65_HS1-834228961_62-HQ-83894_Section_10
Agency: FBI
Page 140
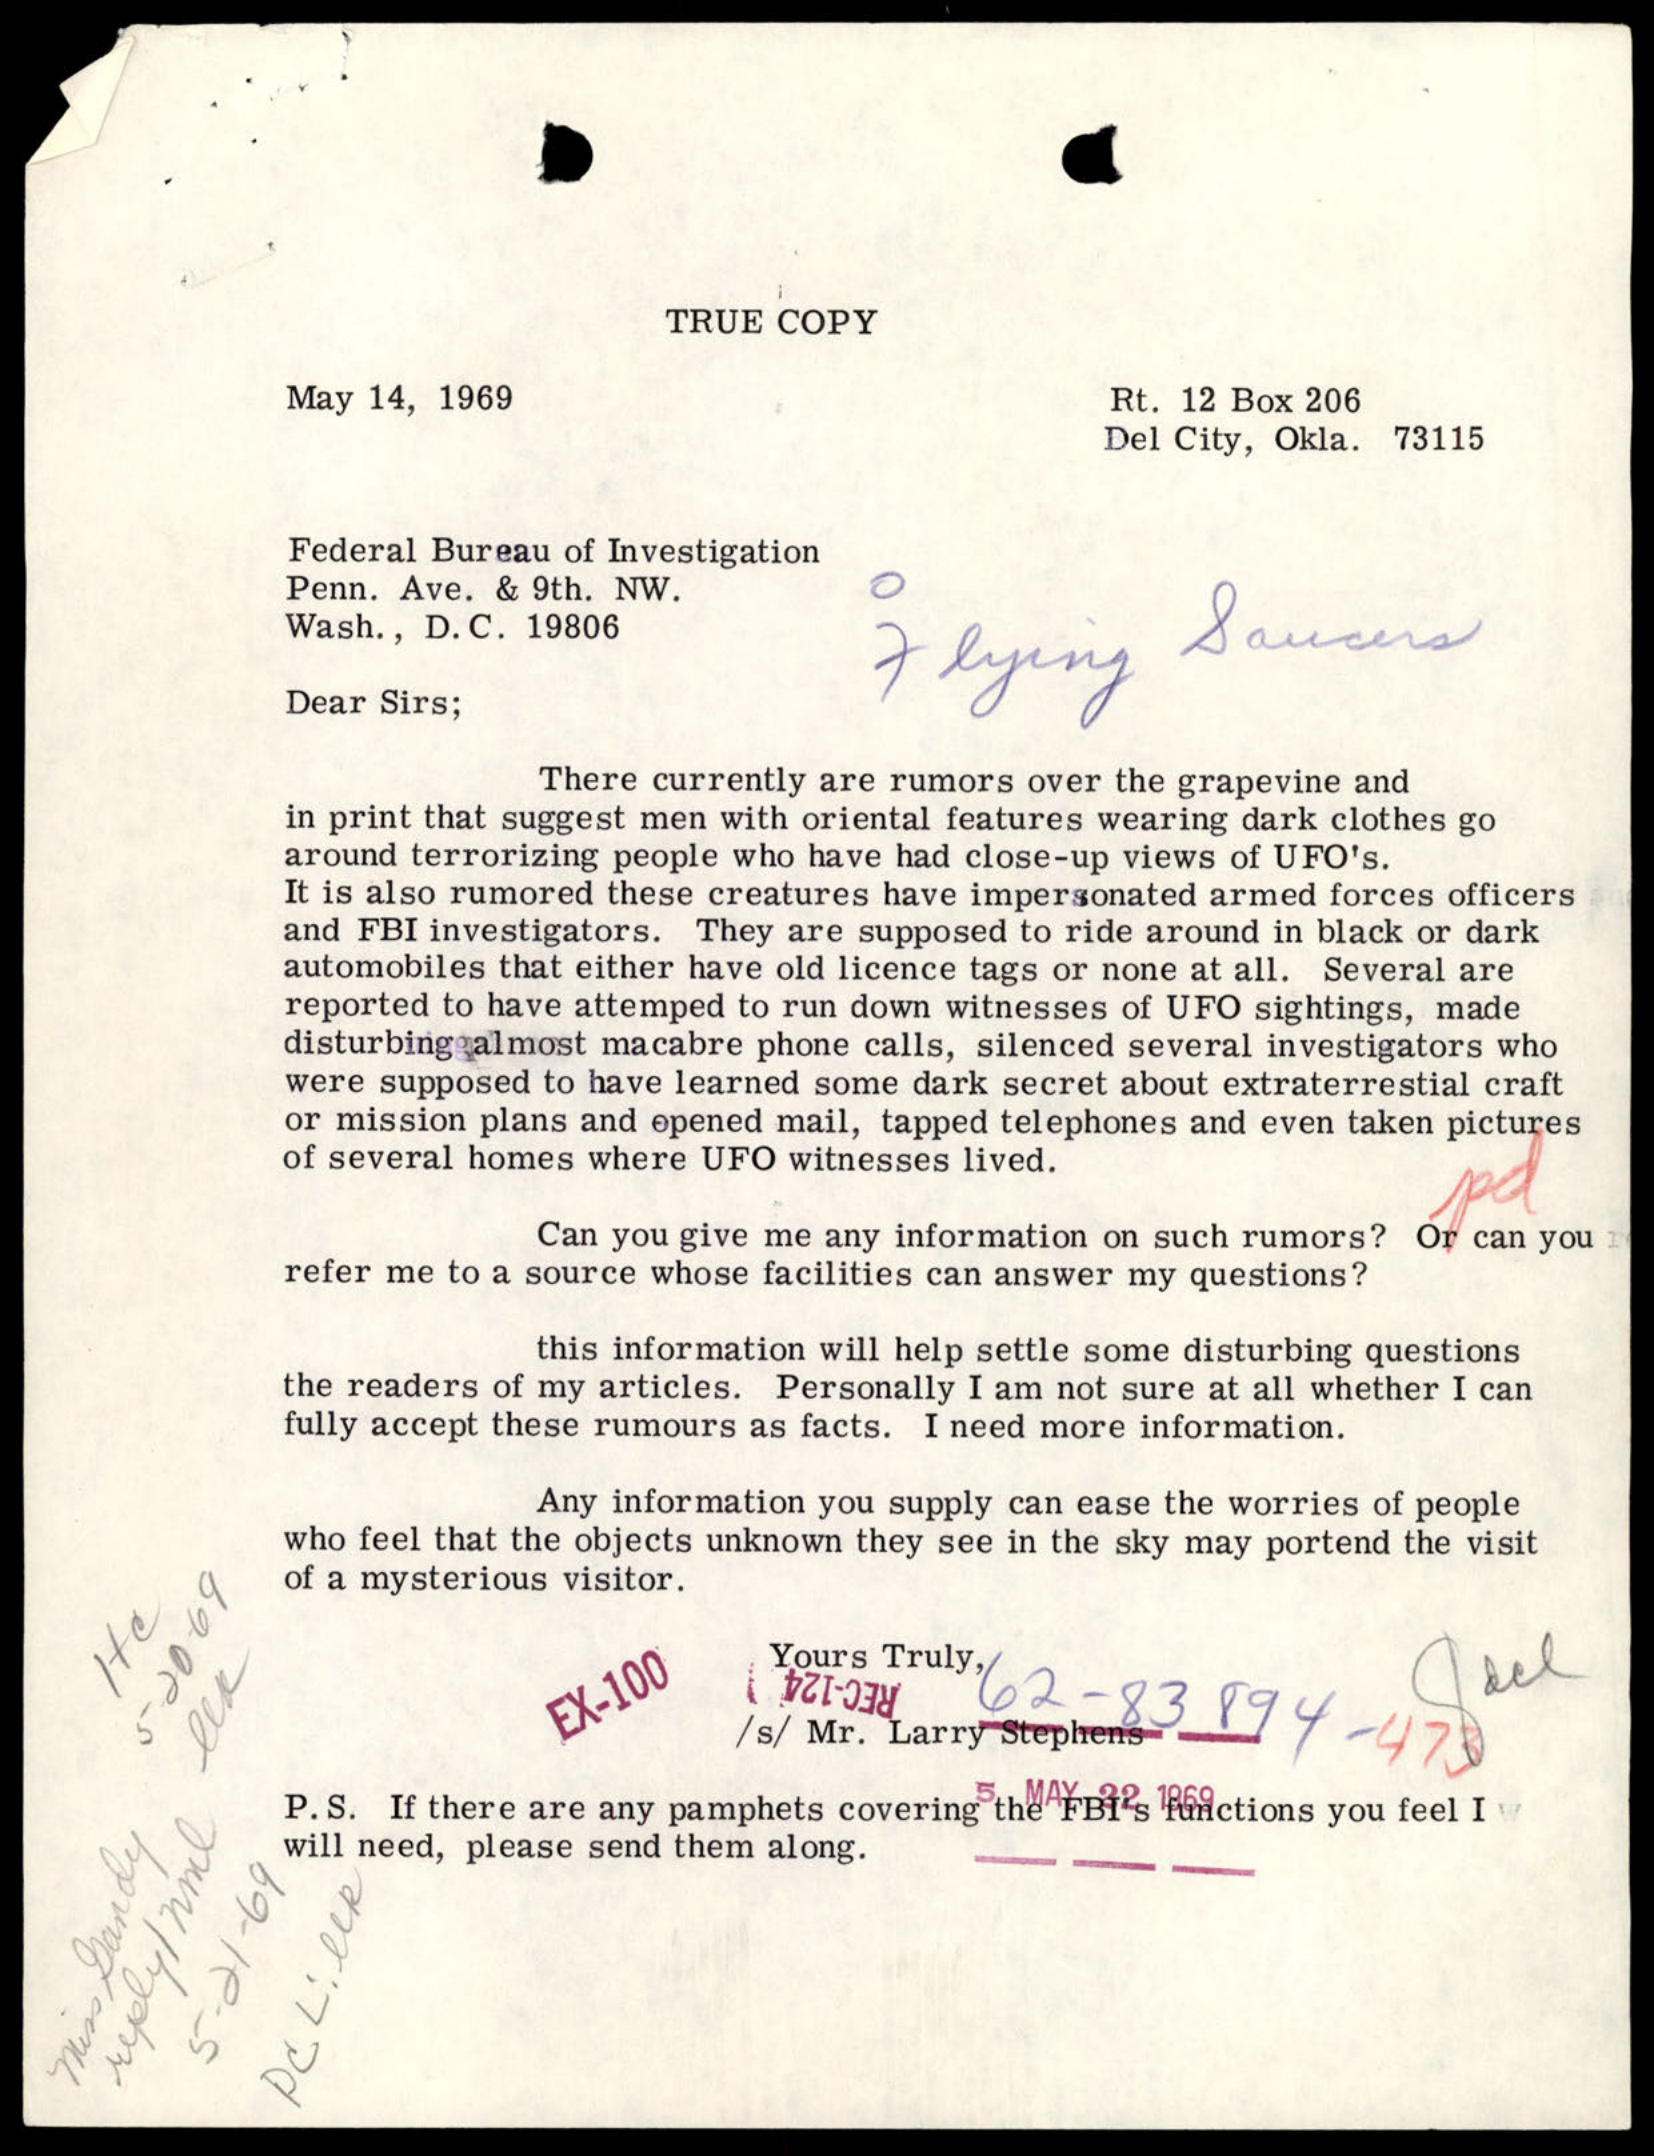